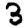
Digit: 3